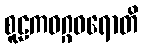
စူဠကဝဂ္ဂဝရောတိ